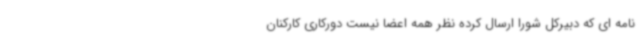
نامه ای که دبیرکل شورا ارسال کرده نظر همه اعضا نیست دورکاری کارکنان